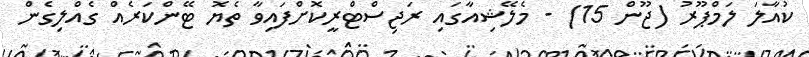
ކުއާލަ ލަމްޕޫރު (ޖޫން 15) - މެލޭޝިއާގައި ރަޖިސްޓްރީކޮށްފައިވާ ތެޔޮ ޓޭންކަރެއް ގެއްލިގެން